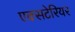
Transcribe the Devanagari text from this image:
एक्सटेरियर